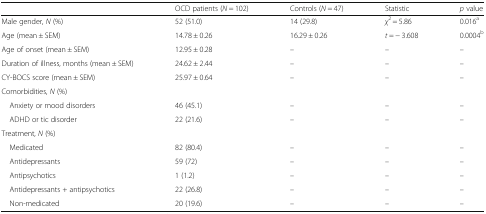
|  | OCD patients (N = 102) | Controls (N = 47) | Statistic | p value |
 | --- | --- | --- | --- | --- |
 | Male gender, N (%) | 52 (51.0) | 14 (29.8) | χ2 = 5.86 | 0.016a |
 | Age (mean ± SEM) | 14.78 ± 0.26 | 16.29 ± 0.26 | t = − 3.608 | 0.0004b |
 | Age of onset (mean ± SEM) | 12.95 ± 0.28 | – | – | – |
 | Duration of illness, months (mean ± SEM) | 24.62 ± 2.44 | – | – | – |
 | CY-BOCS score (mean ± SEM) | 25.97 ± 0.64 | – | – | – |
 | <COLSPAN=5> Comorbidities, N (%) |
 | Anxiety or mood disorders | 46 (45.1) | – | – | – |
 | ADHD or tic disorder | 22 (21.6) | – | – | – |
 | <COLSPAN=5> Treatment, N (%) |
 | Medicated | 82 (80.4) | – | – | – |
 | Antidepressants | 59 (72) | – | – | – |
 | Antipsychotics | 1 (1.2) | – | – | – |
 | Antidepressants + antipsychotics | 22 (26.8) | – | – | – |
 | Non-medicated | 20 (19.6) | – | – | – |